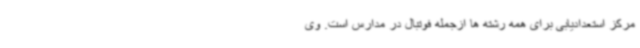
مرکز استعدادیابی برای همه رشته ها ازجمله فوتبال در مدارس است. وی